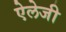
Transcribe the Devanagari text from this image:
ऐलेजी